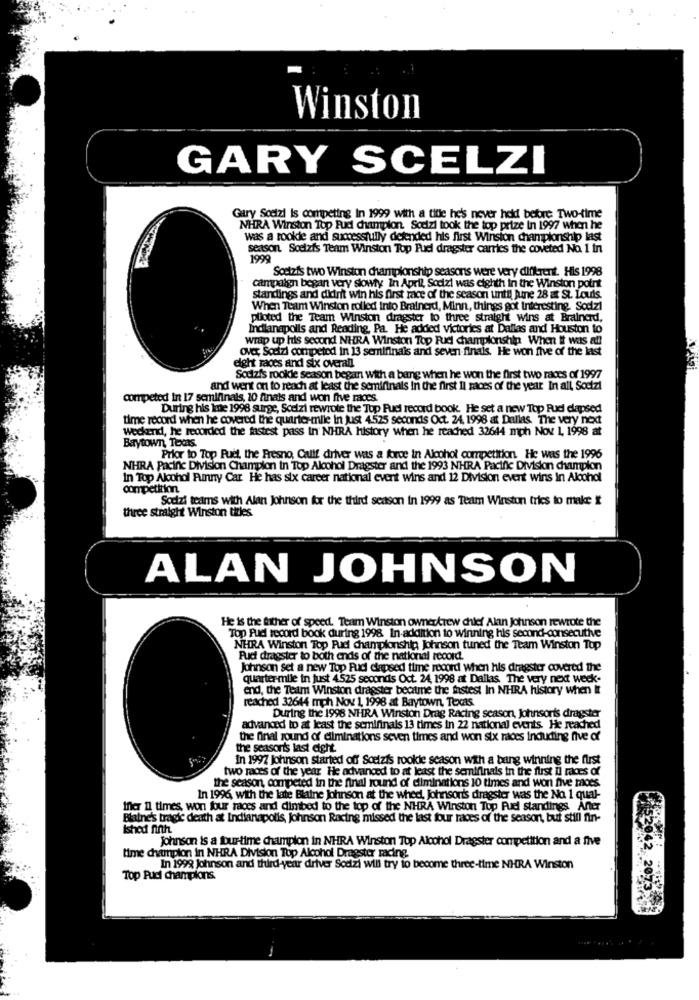
Winston
GARY SCELZI
Gury Sodizi is competing In 1999 with a title he's never heid before Two-time
NHRA Winston Top Pud champion. Sodizi took the top prize in 1997 when he
was a rookie and successfully defended his first Winsion championship last
season. Sodizis Team Winston Top Fuel dragster carries the coveted No. 1 in
1999
Sostzis two Winston championship seasons were very different. His 1998
Campaign began very slowty In April, Sodizi was eighth in the Winston point
standings and didn't win his first race of the season until june 28 at St. Louis.
When Team Winston rolled into Brainerd, Minn, things got Interesting. Sodzi
piloted the Team Winston dragster to three straight wins at Brainard,
Indianapolis and Reading, Pa. He added victories at Dallas and Houston to
wrap up his second NHRA Winston Top Pudi championship When it was all
Ove, Socizi competed in 13 semifinais and seven-finais. He won five of the last
eight races and six overall
Sodzis rookie season began with a bang when he won the first two races of 1997
and went on to reach at least the semifinals in the first Il races of the year In all Sodizi
competed in 17 semifinals, 10 finals and won five races.
During his Ine 1998 surge, Scalzi rewrote the Top Pud record book. He set a new Top Rud elapsed
time record when he covered the quarter-mile in just 4525 seconds Oct. 24, 1998 at Dallas. The very next
Weckend, he recorded the fastest pass in NHRA history when he reached 32644 mph Nov 1, 1998 at
Baytown, Texas.
Prior to Top Fuel, the Fresno, Calif driver was a force in Alcohol competition. He was the 1996
NHRA Pacinc Division Champion in Top Alcohol Dragster and the 1993 NHRA Pacific Division champion
In Top Alcohol Funny Car He has six career national event wins and 12 Division event wins in Alcohol
competition
Sodizi teams with Alan Johnson for the third season in 1999 as Team Winston tries to make It
three straight Winston titles
ALAN JOHNSON
He is the father of speed. Team Winston ownerkrew chief Alan Johnson rewrote the
Top Pud record book during 1998. In addition to winning his second-consecuthe
NHRA Winston Top Pud championship Johnson tuned the Team Winston Top
Pud dragster to both ends of the national record.
Johnson set a new Top Pud clapsed time record when his dragster covered the
quarter-mile in just 4525 seconds Oct. 24, 1998 at Dallas. The very next week-
end, the Team Winston dragster became the fastest In NHRA history when It
reached 32644 mph Nov 1, 1998 at Baytown, Texas.
During the 1998 NHRA Winston Drag Racing season, Johnsorts dragster
advanced to at least the semifinals 13 times in 22 national events. He reached
the final round of eliminations seven times and won six rades inducing five of
the seasoris last eight.
In 1997 Johnson started off Soeizis rookie season with a bang winning the first
two races of the year He advanced to at least the semifinals in the first il races of
the season, competed in the final round of eliminations 10 times and won five mioes.
In 1996, with the late Blaine Johnson at the wheel, Johnson's dragster was the No. 1 qual-
Iner Il times won four rages and dimbed to the top of the NHRA Winston Top Fuel standings. After
Blaine's tragic death at Indianapolis, Johnson Racing missed the last four races of the season, but still fint-
Ished ninh.
johnson is a four-time champion in NHRA Winston Top Alcohol Dragster competition and a five
time champion in NHRA Division Top Alcohol Dragster racing.
In 1999 johnson and third-year driver Sodizi will try to become three-time NHRA Winston
Top Pud champions.